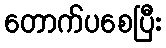
တောက်ပစေပြီး